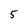
Character: 5